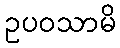
ဥပဝသာမိ